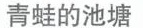
青蛙的池塘